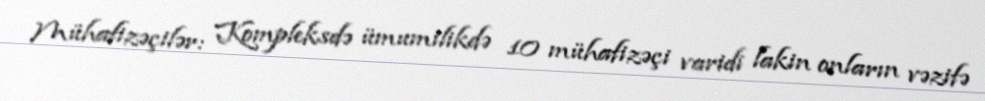
Mühafizəçilər: Kompleksdə ümumilikdə 10 mühafizəçi varidi lakin onların vəzifə